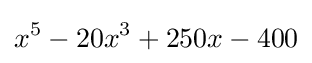
x^{5}-20x^{3}+250x-400